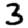
Digit: 3